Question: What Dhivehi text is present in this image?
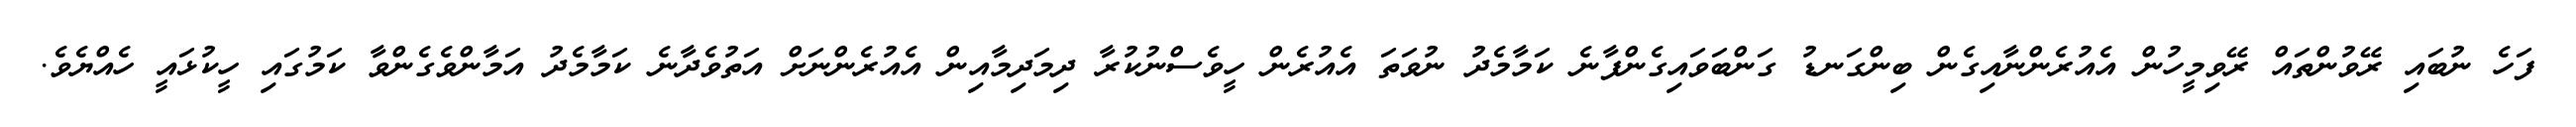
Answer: ފަހެ ނުބައި ރޭވުންތައް ރޭވިމީހުން އެއުރެންނާއިގެން ބިންގަނޑު ގަންބަވައިގެންފާނެ ކަމާމެދު ނުވަތަ އެއުރެން ހީވެސްނުކުރާ ދިމަދިމާއިން އެއުރެންނަށް އަތުވެދާނެ ކަމާމެދު އަމާންވެގެންވާ ކަމުގައި ހީކުޅައީ ހެއްޔެވެ.